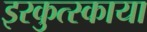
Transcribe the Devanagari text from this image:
इरकुत्स्काया